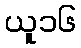
ယူ၁၆